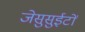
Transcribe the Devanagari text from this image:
जेसुसुईटों